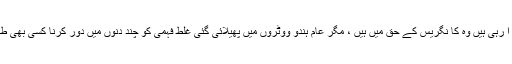
اگر چہ حالیہ وقت میں گجرات سے جو خبریں آ رہی ہیں وہ کا نگریس کے حق میں ہیں ، مگر عام ہندو ووٹروں میں پھیلائی گئی غلط فہمی کو چند دنوں میں دور کرنا کسی بھی طاقت یا پالیسی سازوں کیلئے آسان کام نہیں ہے۔